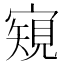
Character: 𡪽